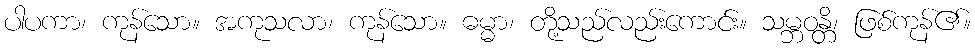
ပါပကာ၊ ကုန်သော။ အကုသလာ၊ ကုန်သော။ ဓမ္မာ၊ တို့သည်လည်းကောင်း။ သမ္ဘဝန္တိ၊ ဖြစ်ကုန်၏။